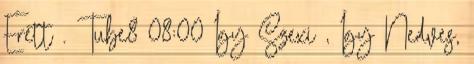
Érett . Tube8 08:00 Így Szexi , Így Nedves,